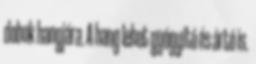
dobok hangjára. A hang lehet gyógyító és ártó is.